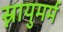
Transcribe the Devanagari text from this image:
स्नायुमर्म